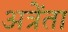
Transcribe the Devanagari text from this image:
अत्रेंता